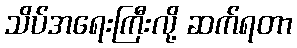
သိပ်အရေးကြီးလို့ ဆက်ရတာ